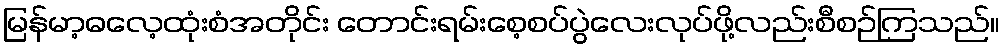
မြန်မာ့ဓလေ့ထုံးစံအတိုင်း တောင်းရမ်းစေ့စပ်ပွဲလေးလုပ်ဖို့လည်းစီစဉ်ကြသည်။